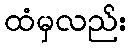
ထံမှလည်း